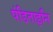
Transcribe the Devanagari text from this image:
पंडिताइनि